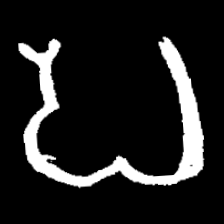
Pyu character \u2014 Myanmar letter: ပ (romanized: pa)